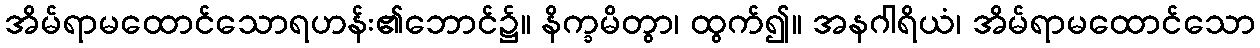
အိမ်ရာမထောင်သောရဟန်း၏ဘောင်၌။ နိက္ခမိတွာ၊ ထွက်၍။ အနဂါရိယံ၊ အိမ်ရာမထောင်သော